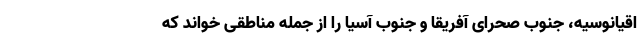
اقیانوسیه، جنوب صحرای آفریقا و جنوب آسیا را از جمله مناطقی خواند که